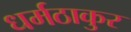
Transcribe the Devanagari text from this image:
धर्मठाकुर